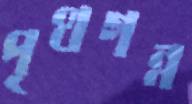
পৃথগন্ন